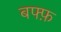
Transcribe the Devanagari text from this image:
बफ्फ़